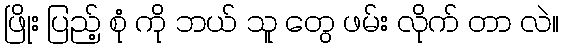
ဖြိုး ပြည့် စုံ ကို ဘယ် သူ တွေ ဖမ်း လိုက် တာ လဲ။